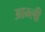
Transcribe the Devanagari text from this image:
आम्ली